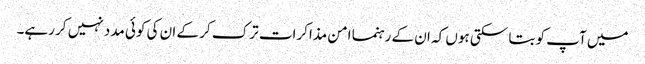
میں آپ کو بتا سکتی ہوں کہ ان کے رہنما امن مذاکرات ترک کر کے ان کی کوئی مدد نہیں کر رہے۔